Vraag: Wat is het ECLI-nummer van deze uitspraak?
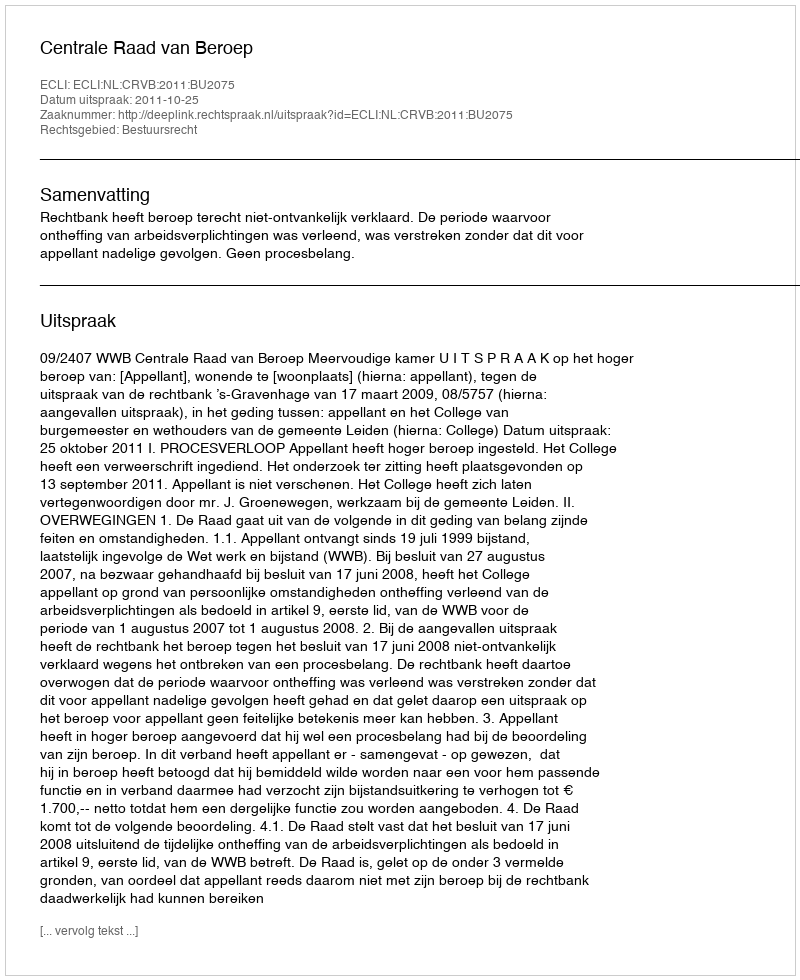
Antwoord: ECLI:NL:CRVB:2011:BU2075